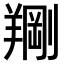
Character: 𫅙